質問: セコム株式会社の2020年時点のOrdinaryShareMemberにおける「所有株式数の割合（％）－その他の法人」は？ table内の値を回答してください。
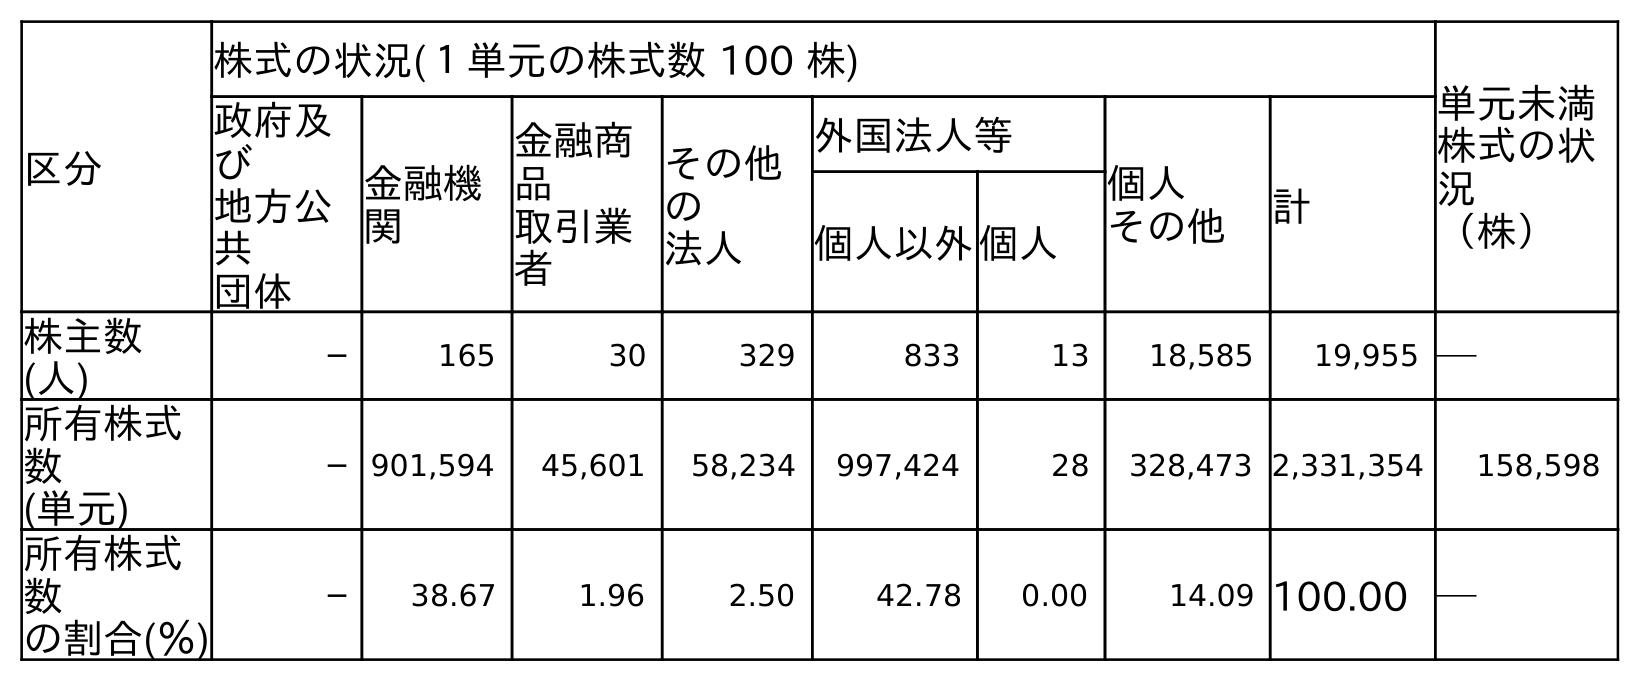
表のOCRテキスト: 区分 株式の状況(１単元の株式数 100 株) 単元未満 株式の状 況 （株） 政府及 び 地方公 共 団体 金融機 関 金融商 品 取引業 者 その他 の 法人 外国法人等 個人 その他 計 個人以外個人 株主数 (人) ─ 165 30 329 833 13 18,585 19,955 ─ 所有株式 数 (単元) ─ 901,594 45,601 58,234 997,424 28 328,473 2,331,354 158,598 所有株式 数 の割合(％) ─ 38.67 1.96 2.50 42.78 0.00 14.09 100.00 ─
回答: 2.50